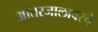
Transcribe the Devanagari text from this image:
आंतरजालावरचे